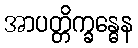
အာပတ္တိက္ခန္ဓေန